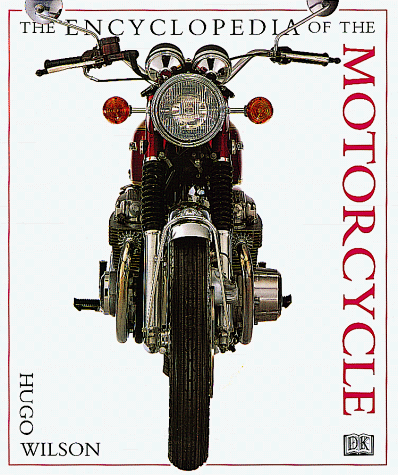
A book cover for The Encyclopedia of the Motorcycle; Hugo Wilson; Sports & Outdoors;